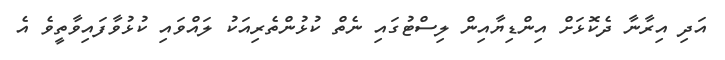
އަދި އިރާނާ ދެކޮޅަށް އިންޑިޔާއިން ލިސްޓުގައި ނެތް ކުޅުންތެރިއަކު ލައްވައި ކުޅުވާފައިވާތީވެ އެ